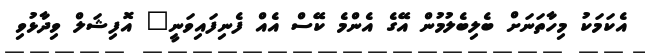
އެކަމަކު މިހާތަނަށް ބެލިބެލުމުން އޭގެ އެންމެ ކޭސް އެއް ފެނިފައިވަނީ" އޮފިޝަލް ވިދާޅުވި